Annual report on the working of the Harcourt Butler Institute of Public Health, Rangoon
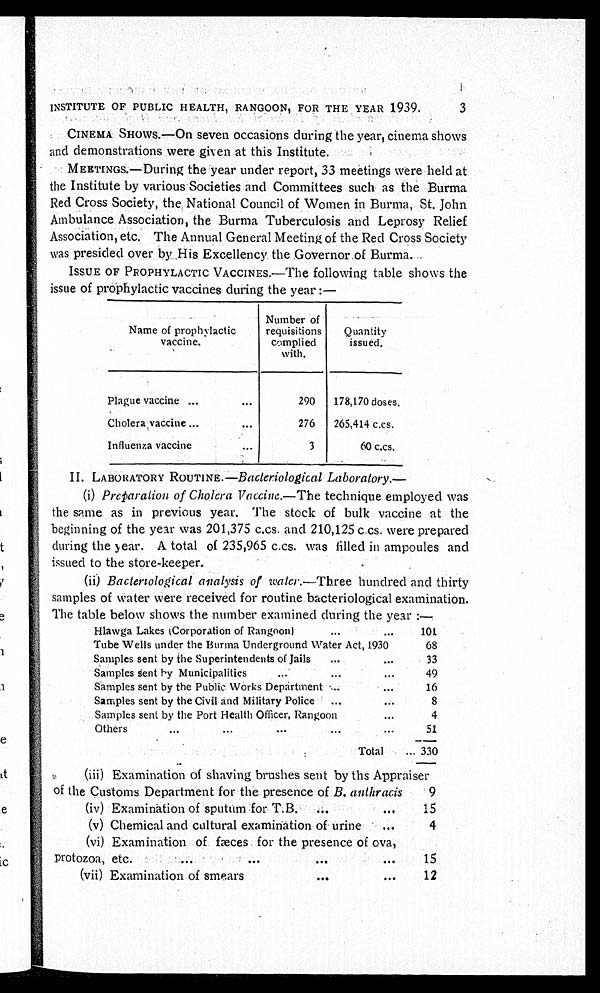
INSTITUTE OF PUBLIC HEALTH, RANGOON, FOR THE YEAR 1939.
3
CINEMA SHOWS.—On seven occasions during the year, cinema shows
and demonstrations were given at this Institute.
MEETINGS.—During the year under report, 33 meetings were held at
the Institute by various Societies and Committees such as the Burma
Red Cross Society, the National Council of Women in Burma, St. John
Ambulance Association, the Burma Tuberculosis and Leprosy Relief
Association, etc. The Annual General Meeting of the Red Cross Society
was presided over by His Excellency the Governor of Burma.
ISSUE OF PROPHYLACTIC VACCINES.—The following table shows the
issue of prophylactic vaccines during the year :—
Name of prophylactic
vaccine.
Number of
requisitions
c o m p l i e d
with.
Quantity
issued.
Plague vaccine ...
...
290
178,170 doses.
Cholera vaccine ...
...
276
265,414 c.cs.
Influenza vaccine
"
3
60 c.cs.
II. LABORATORY ROUTINE –Bacteriological
Laboratory.—
(i)
Preparation of Cholera Vaccine.— The technique employed was
the same as in previous year. The stock of bulk vaccine at the
beginning of the year was 201,375 c.cs. and 210,125 c.cs. were prepared
during the year. A total of 235,965 c.cs. was filled in ampoules and
issued to the store-keeper.
(ii) Bacteriological analysis of water.—Three hundred and thirty
samples of water were received for routine bacteriological examination.
The table below shows the number examined during the year :—
_
...
Hlawga Lakes (Corporation of Rangoon)...
Tube Wells under the Burma Underground Water Act, 1930
101
68
Samples sent by the Superintendents of Jails
...
. . .
33
Samples sent by Municipalities
...
...
. . .
49
Samples sent by the Public Works Department ....
...
16
Samples sent by the Civil and Military Police . ...
8
Samples sent by the Port Health Officer, Rangoon
...
4
Others...
...
...
...
...
5 1
Total . ...
. .
330
_
(iii) Examination of shaving brushes sent by the Appraiser
of the Customs Department for the presence of B. anthracis
9
(iv) Examination of sputum for T.B. ...
. . .
15
(v) Chemical and cultural examination of urine
...
4
(vi) Examination of fæces. for the presence of ova,
protozoa, etc.
.... .
. ...
...
...
15
(vii) Examination of smears
...
...
12